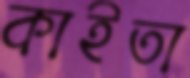
কাইতা